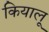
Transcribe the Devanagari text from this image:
कियालू